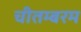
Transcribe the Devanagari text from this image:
चीतम्बरम